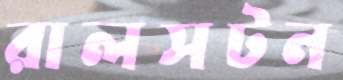
রালসটন